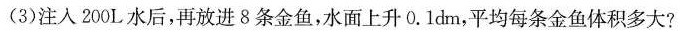
(3)注入200L水后，再放进8条金鱼，水面上升0.1dm，平均每条金鱼体积多大?